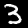
Label: 3